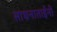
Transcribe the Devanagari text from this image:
साधनाताईंनी